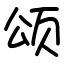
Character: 颂